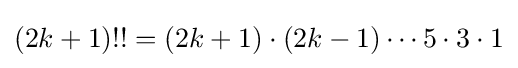
(2k+1)!!=(2k+1)\cdot (2k-1)\dotsm 5\cdot 3\cdot 1